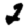
Digit: 2